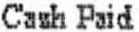
CASH PAIT